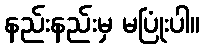
နည်းနည်းမှ မပြုံးပါ။